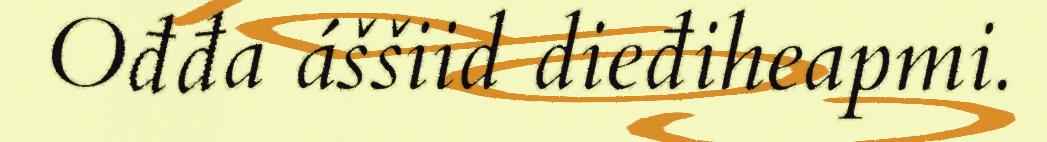
Ođđa áššiid dieđiheapmi.